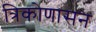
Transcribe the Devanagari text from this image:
त्रिकोणासन